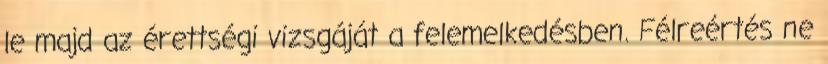
le majd az érettségi vizsgáját a felemelkedésben. Félreértés ne